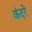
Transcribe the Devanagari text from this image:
कंदरे